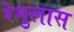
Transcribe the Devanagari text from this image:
रेगुलास